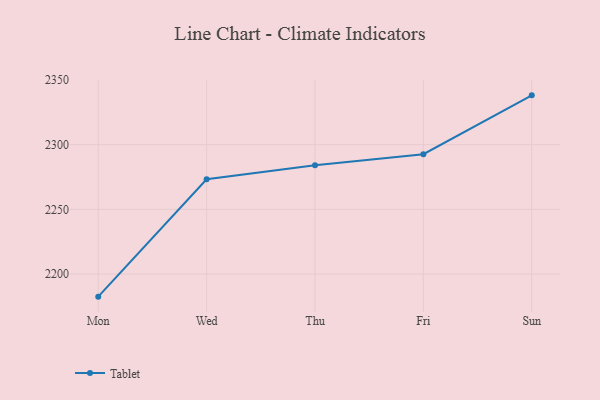
{"axis": {"x": "Day", "y": "LTV (USD)"}, "legend": ["Tablet"], "data": [{"x": "Mon", "y": 2182.5, "type": "Tablet"}, {"x": "Wed", "y": 2273.3, "type": "Tablet"}, {"x": "Thu", "y": 2284.1, "type": "Tablet"}, {"x": "Fri", "y": 2292.7, "type": "Tablet"}, {"x": "Sun", "y": 2338.2, "type": "Tablet"}]}